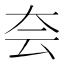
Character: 夽